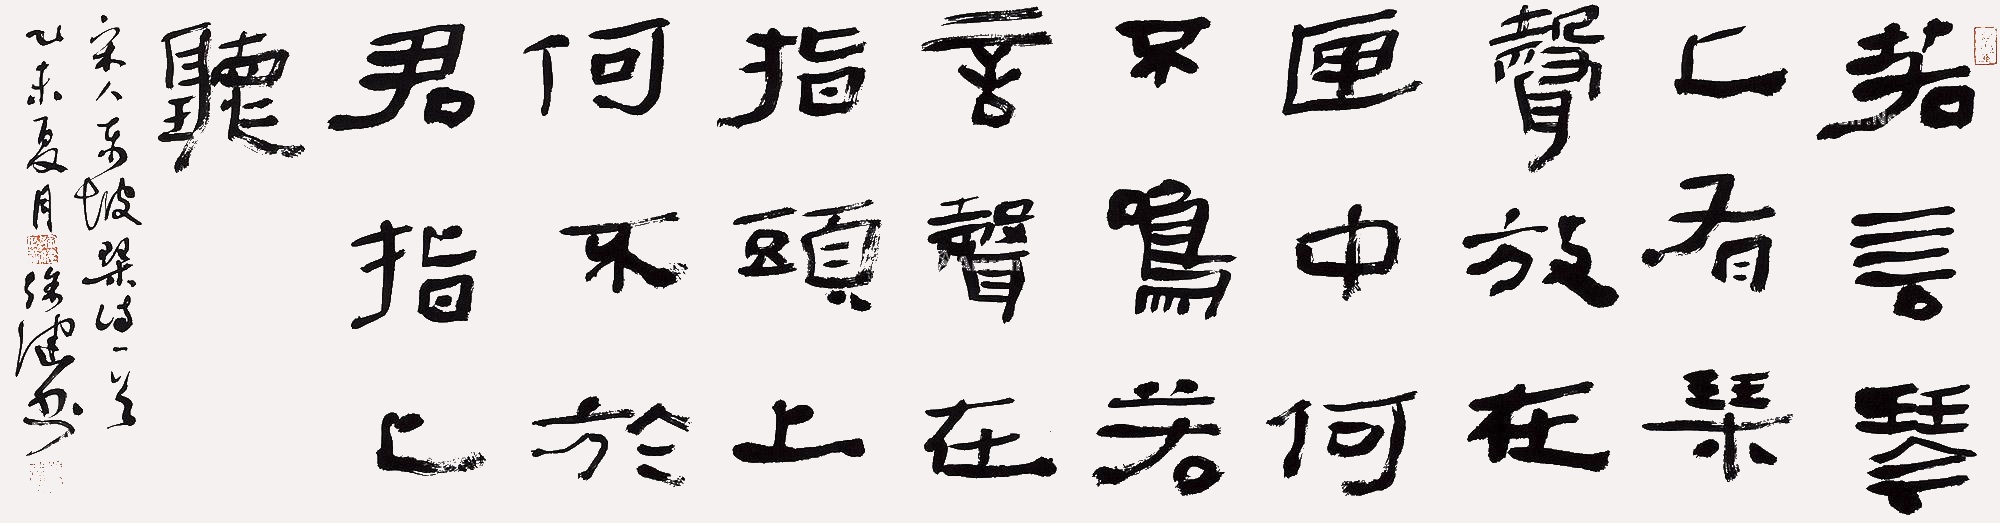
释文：若言琴上有琴声，放在匣中何不鸣？若言声在指头上，何不于君指上听？宋人东坡琴诗一首。乙未夏月徐健书。